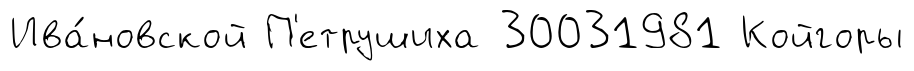
Ива́новской П'етрушиха 30031981 Койгоры